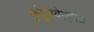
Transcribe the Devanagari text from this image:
कुंटुंबवेल्हाळ